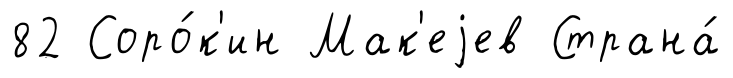
82 Соро́к'ин Мак'еjев Страна́